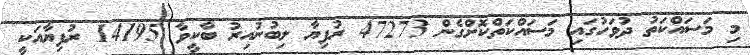
މި މަސައްކަތު ދުވަހުގައި މަސައްކަތްކޮށްގެން 47273 ރުފިޔާ ލިބުނުއިރު ބާކީވާ 14195 ރުފިޔާއަކީ